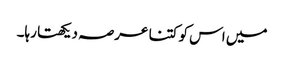
میں اس کو کتنا عرصہ دیکھتا رہا۔